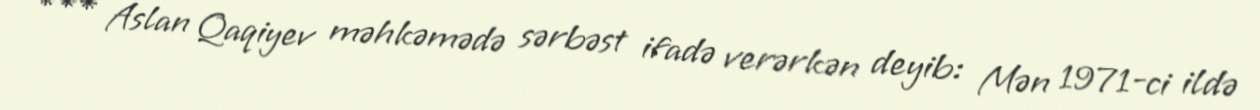
*** Aslan Qaqiyev məhkəmədə sərbəst ifadə verərkən deyib: Mən 1971-ci ildə